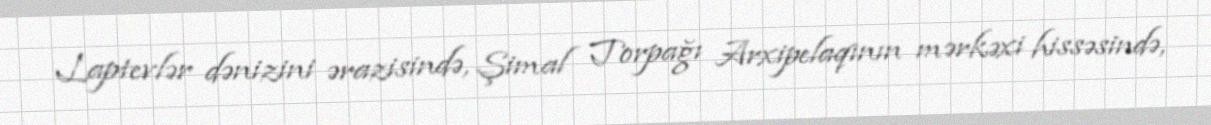
Laptevlər dənizini ərazisində, Şimal Torpağı Arxipelaqının mərkəxi hissəsində,